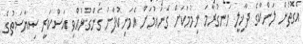
އެގޮތުން ލަންކާގެ ދާޚިލީ ހަނގުރާމަ ނިމުމަކަށް ގެނައުމަށް އެމަނިކުފާނު ގެންގުޅުއްވި އަސްކަރީ ސިޔާސަތުގެ